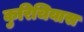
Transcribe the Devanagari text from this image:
कुरिचियास